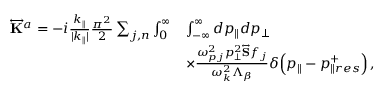
\begin{array} { r l } { \overleftrightarrow { \mathbf { K } } ^ { a } = - i \frac { k _ { \parallel } } { | k _ { \parallel } | } \frac { \pi ^ { 2 } } { 2 } \sum _ { j , n } \int \displaylimits _ { 0 } ^ { \infty } } & { \int \displaylimits _ { - \infty } ^ { \infty } d p _ { \parallel } d p _ { \perp } } \\ & { \times \frac { \omega _ { p j } ^ { 2 } p _ { \perp } ^ { 2 } \overleftrightarrow { \mathbf { S } } f _ { j } } { \omega _ { k } ^ { 2 } \Lambda _ { \beta } } \delta \! \left( p _ { \parallel } - p _ { \parallel r e s } ^ { + } \right) , } \end{array}